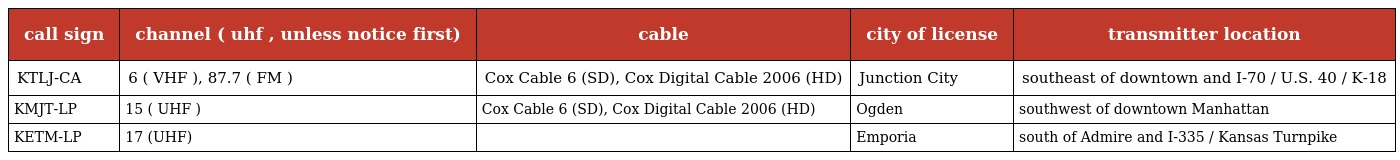
| call sign | channel ( uhf , unless notice first) | cable | city of license | transmitter location |
 | --- | --- | --- | --- | --- |
 | KTLJ-CA | 6 ( VHF ), 87.7 ( FM ) | Cox Cable 6 (SD), Cox Digital Cable 2006 (HD) | Junction City | southeast of downtown and I-70 / U.S. 40 / K-18 |
 | KMJT-LP | 15 ( UHF ) | Cox Cable 6 (SD), Cox Digital Cable 2006 (HD) | Ogden | southwest of downtown Manhattan |
 | KETM-LP | 17 (UHF) |  | Emporia | south of Admire and I-335 / Kansas Turnpike |